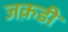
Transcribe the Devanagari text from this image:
जक़डी